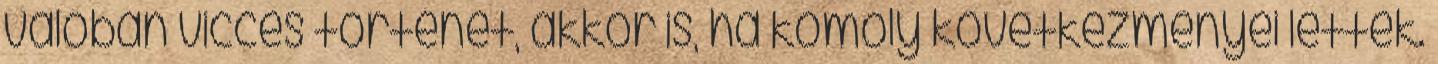
valóban vicces történet, akkor is, ha komoly következményei lettek.